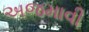
અજમાવી